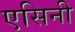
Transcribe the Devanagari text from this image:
एसिनी